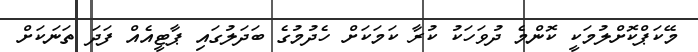
މޭކަޕްކޮށްލުމަކީ ކޮންމެ ދުވަހަކު ކުރާ ކަމަކަށް ހެދުމުގެ ބަދަލުގައި ޕާޓީއެއް ފަދަ ތަނަކަށް